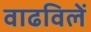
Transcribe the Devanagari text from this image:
वाढविलें